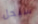
سيحل